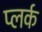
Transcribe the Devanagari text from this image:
प्लर्क